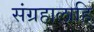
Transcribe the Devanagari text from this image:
संग्रहालाहि